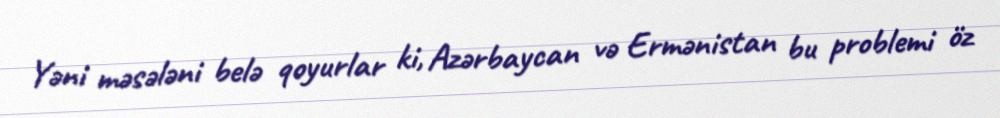
Yəni məsələni belə qoyurlar ki, Azərbaycan və Ermənistan bu problemi öz